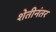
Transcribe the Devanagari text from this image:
शेतीनंतर